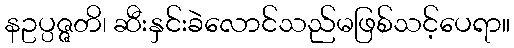
နဥပ္ပဇ္ဇတိ၊ ဆီးနှင်းခဲလောင်သည်မဖြစ်သင့်ပေရာ။